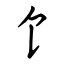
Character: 饣